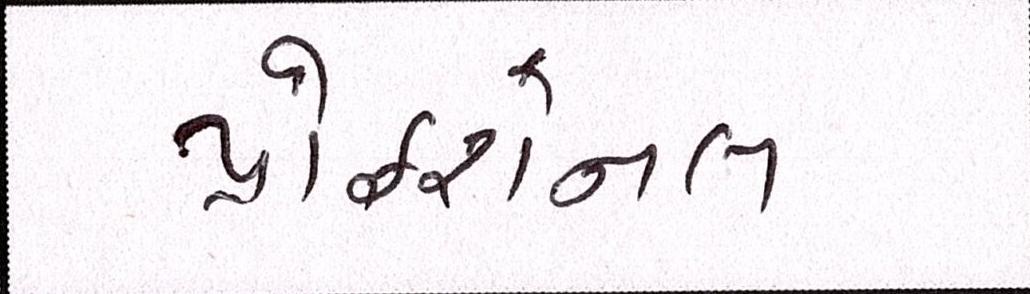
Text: પ્રોફેશનલ